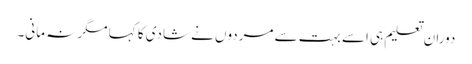
دوران تعلیم ہی اسے بہت سے مردوں نے شادی کا کہا مگر نہ مانی۔